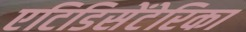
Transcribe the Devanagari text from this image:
एटिडिसेंटेरिका